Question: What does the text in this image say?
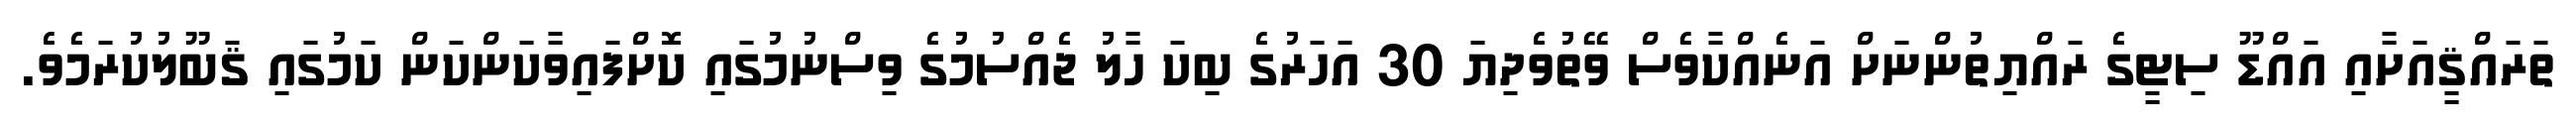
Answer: ތަރައްޤީއަށާއި އައްޑޫ ސިޓީގެ ރައްޔިތުންނަށް އަނެއްކާވެސް ވޭތުވެދިޔަ 30 އަހަރުގެ ބިކަ ހާލު ޖެއްސުމުގެ ވިސްނުމުގައި ކޮށްފައިވާކަންކަން ކަމުގައި ޤަބޫލުކުރަމެވެ.